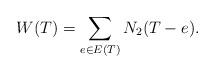
LaTeX: \begin{align*} W(T) = \sum_{e\in E(T)} N_2(T-e). \end{align*}